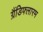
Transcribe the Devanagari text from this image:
ग्रैंडिफ्लारम